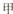
甲